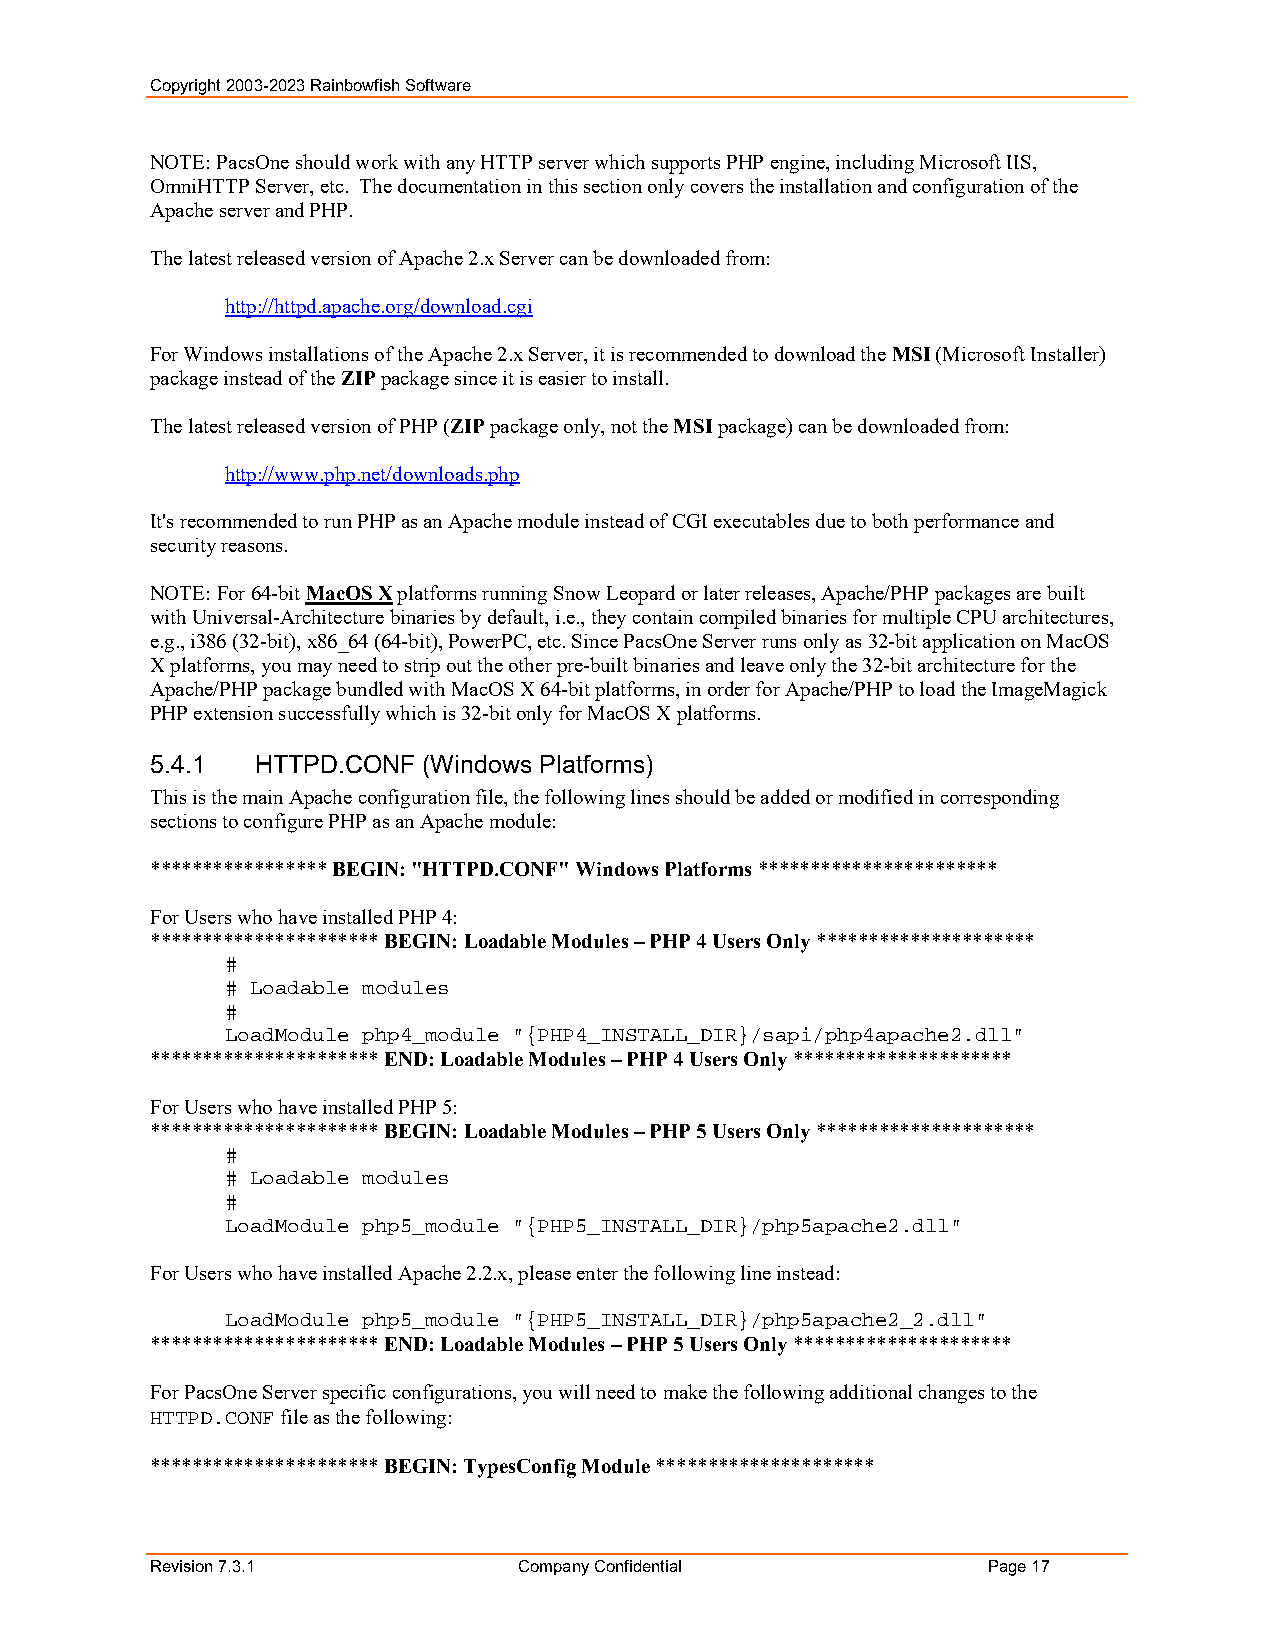
Copyright 2003-2023 Rainbowfish Software
 NOTE: PacsOne should work with any HTTP server which supports PHP engine, including Microsoft IIS,
 OmniHTTP Server, etc. The documentation in this section only covers the installation and configuration of the
 Apache server and PHP.
 The latest released version of Apache 2.x Server can be downloaded from:
 http://httpd.apache.org/download.cgi
 For Windows installations of the Apache 2.x Server, it is recommended to download the MSI (Microsoft Installer)
 package instead of the ZIP package since it is easier to install.
 The latest released version of PHP (ZIP package only, not the MSI package) can be downloaded from:
 http://www.php.net/downloads.php
 It's recommended to run PHP as an Apache module instead of CGI executables due to both performance and
 security reasons.
 NOTE: For 64-bit MacOS X platforms running Snow Leopard or later releases, Apache/PHP packages are built
 with Universal-Architecture binaries by default, i.e., they contain compiled binaries for multiple CPU architectures,
 e.g., i386 (32-bit), x86_64 (64-bit), PowerPC, etc. Since PacsOne Server runs only as 32-bit application on MacOS
 X platforms, you may need to strip out the other pre-built binaries and leave only the 32-bit architecture for the
 Apache/PHP package bundled with MacOS X 64-bit platforms, in order for Apache/PHP to load the ImageMagick
 PHP extension successfully which is 32-bit only for MacOS X platforms.
 5.4.1  HTTPD.CONF (Windows Platforms)
 This is the main Apache configuration file, the following lines should be added or modified in corresponding
 sections to configure PHP as an Apache module:
 ***************** BEGIN: "HTTPD.CONF" Windows Platforms ***********************
 For Users who have installed PHP 4:
 ********************** BEGIN: Loadable Modules – PHP 4 Users Only *********************
 #
 # Loadable modules
 #
 LoadModule php4_module "{PHP4_INSTALL_DIR}/sapi/php4apache2.dll"
 ********************** END: Loadable Modules – PHP 4 Users Only *********************
 For Users who have installed PHP 5:
 ********************** BEGIN: Loadable Modules – PHP 5 Users Only *********************
 #
 # Loadable modules
 #
 LoadModule php5_module "{PHP5_INSTALL_DIR}/php5apache2.dll"
 For Users who have installed Apache 2.2.x, please enter the following line instead:
 LoadModule php5_module "{PHP5_INSTALL_DIR}/php5apache2_2.dll"
 ********************** END: Loadable Modules – PHP 5 Users Only *********************
 For PacsOne Server specific configurations, you will need to make the following additional changes to the
 HTTPD.CONF file as the following:
 ********************** BEGIN: TypesConfig Module *********************
 Revision 7.3.1          Company Confidential           Page 17